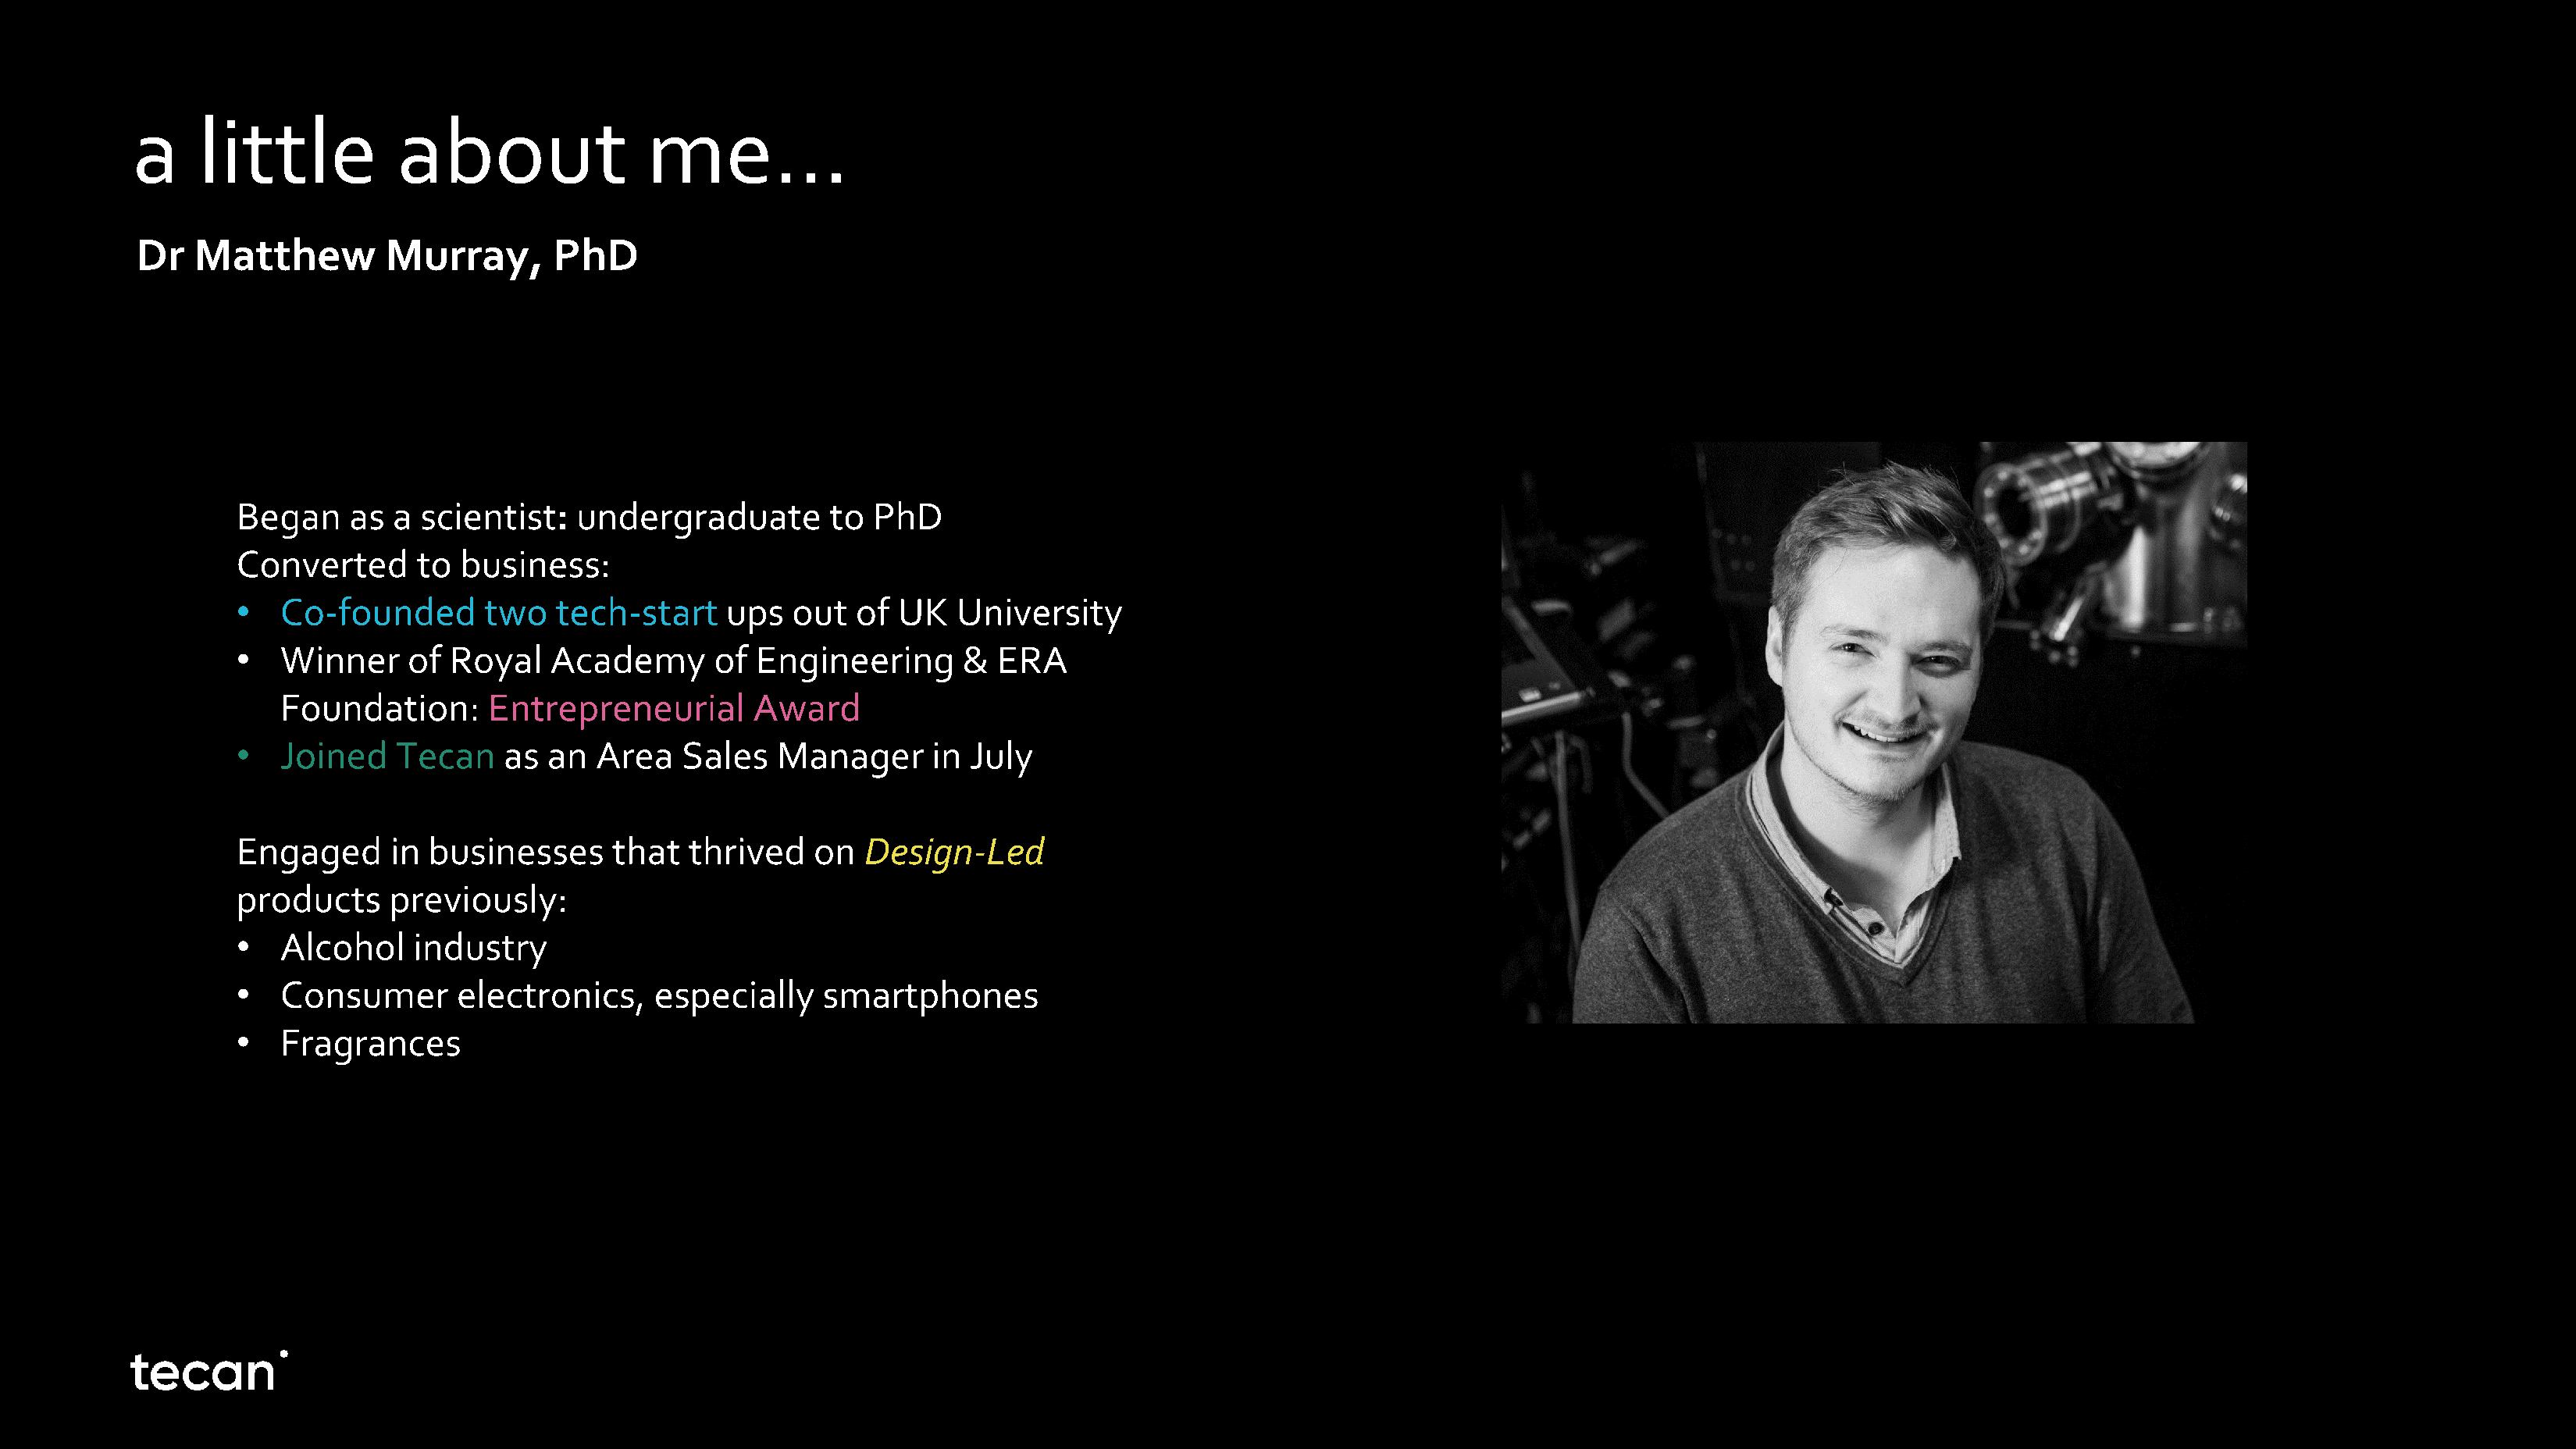
a     little           about                me…
 Dr  Matthew          Murray,       PhD
 Began     as a  scientist:   undergraduate        to  PhD
 Converted      to  business:
 •   Co-founded       two   tech-start     ups  out   of UK   University
 •   Winner     of Royal    Academy       of Engineering       &  ERA
 Foundation:      Entrepreneurial        Award
 •   Joined    Tecan    as an  Area    Sales   Manager      in July
 Engaged      in businesses      that  thrived    on  Design-Led
 products     previously:
 •   Alcohol    industry
 •   Consumer       electronics,    especially     smartphones
 •   Fragrances